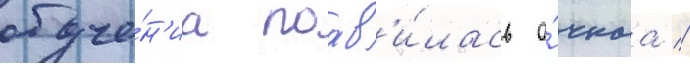
обуче́н'иа поав'и́лась о́чнаа //